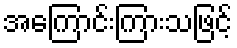
အကြောင်းကြားသဖြင့်